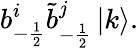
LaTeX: b_{-\frac{1}{2}}^{i}\tilde{b}_{-\frac{1}{2}}^{j}\left|k\right>.